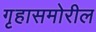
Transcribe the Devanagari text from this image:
गृहासमोरील